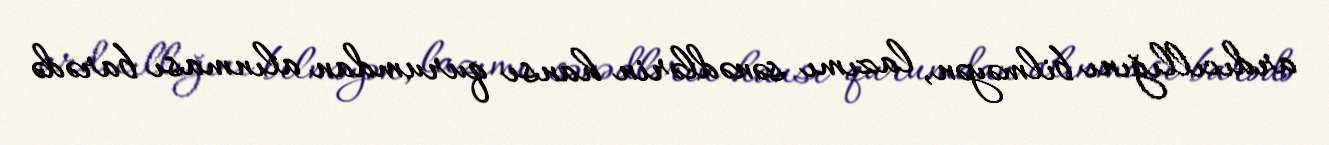
ardıcıllığını bilməyən, lazımı sənədlərin hansı qurumdan alınması barədə